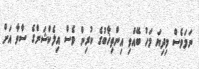
ނަމަވެސް މިދިޔަ މަހު ބޭއްވި އިންތިޚާބުގެ ކުރިން ވެސް އިލެކްޝަންގެ ސާވާ އަށް